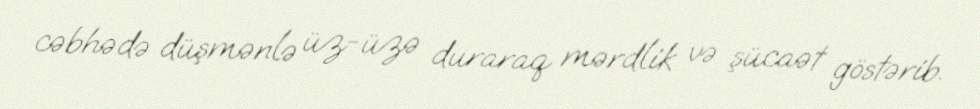
cəbhədə düşmənlə üz-üzə duraraq mərdlik və şücaət göstərib.